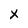
Character: X